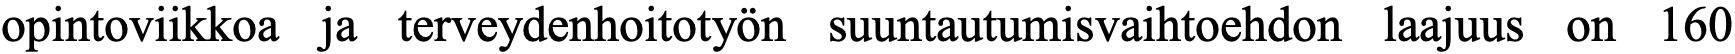
opintoviikkoa ja terveydenhoitotyön suuntautumisvaihtoehdon laajuus on 160